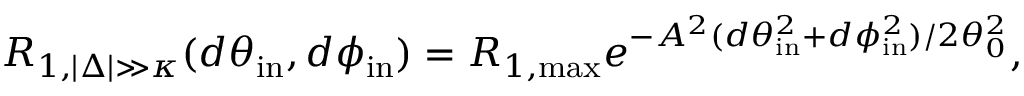
R _ { 1 , | \Delta | \gg \kappa } ( d \theta _ { \mathrm { i n } } , d \phi _ { \mathrm { i n } } ) = R _ { 1 , \mathrm { m a x } } e ^ { - A ^ { 2 } ( d \theta _ { \mathrm { i n } } ^ { 2 } + d \phi _ { \mathrm { i n } } ^ { 2 } ) / 2 \theta _ { 0 } ^ { 2 } } ,